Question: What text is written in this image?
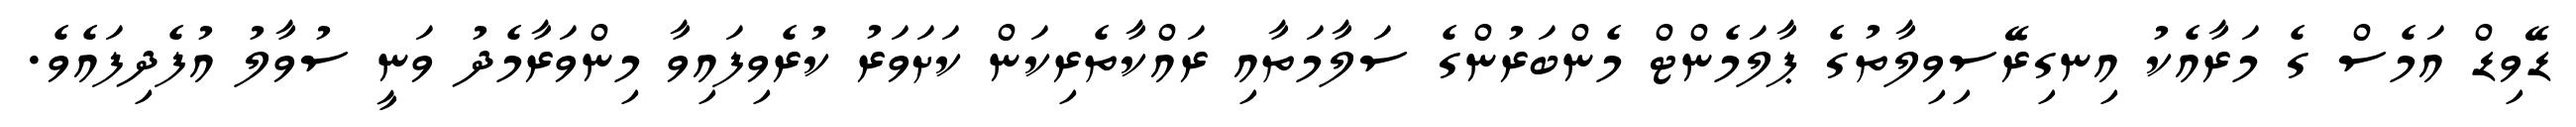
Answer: ޑޭވިޑް އަމެސް ގެ މަރާއެކު އިނގިރޭސިވިލާތުގެ ޕާލަމެންޓް މެންބަރުންގެ ސަލާމަތާއި ރައްކާތެރިކަން ކަށަވަރު ކުރެވިފައިވާ މިންވަރާމެދު ވަނީ ސުވާލު އުފެދިފައެވެ.